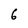
Character: 6